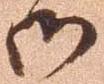
御